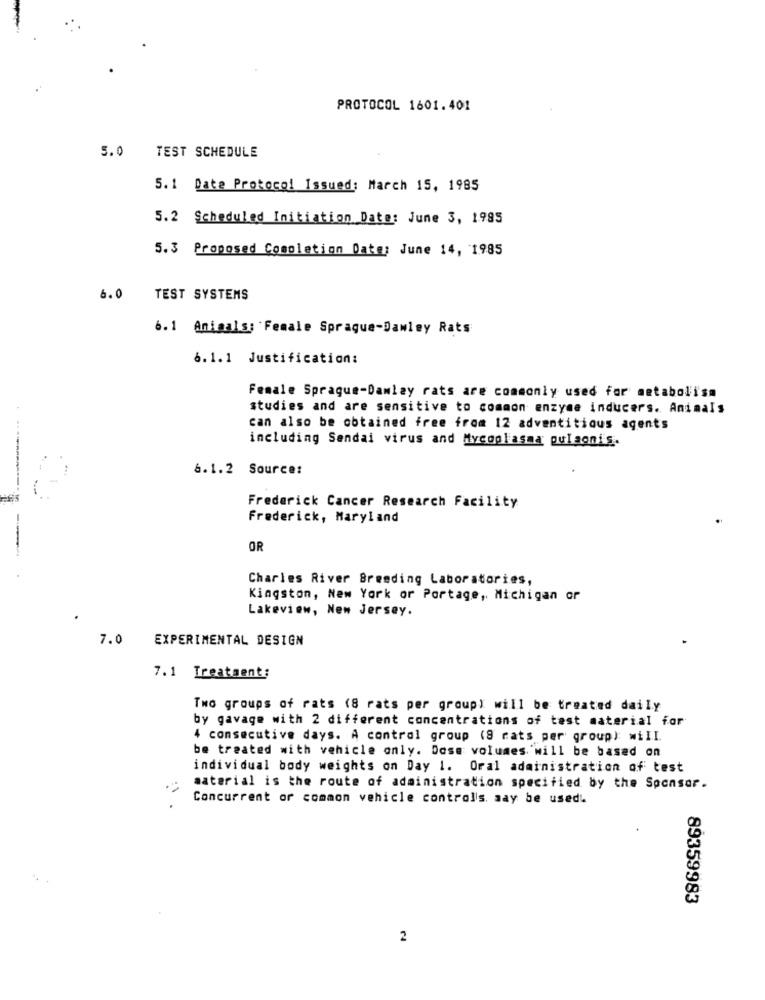
PROTOCOL 1601.401
5.0
TEST SCHEDULE
5.1 Date Protocol Issued: March 15, 1985
5.2 Scheduled Initiation Date: June 3, 1995
5.3 Proposed Completion Date: June 14, 1985
6.0
TEST SYSTEMS
6.1 Animals: Female Spraque-Damley Rats
6.1.1 Justification:
Female Sprague-Damlay rats are commonly used for metabolism
studies and are sensitive to common enzyme inducers. Animals
can also be obtained free from 12 adventitious agents
including Sendai virus and Mycoplasma pulaonis.
6.1.2 Source:
Frederick Cancer Research Facility
Frederick, Maryland
OR
Charles River Breeding Laboratories,
Kingston, New York or Portage, Michigan or
Lakeview, New Jersey.
7.0
EXPERIMENTAL DESIGN
7.1 Treatment:
Two groups of rats (8 rats per group) will be treated daily
by gavage with 2 different concentrations of test material for
4 consecutive days. A control group (8 rats per group): wiII.
be treated with vehicle only. Dose volumes will be based on
individual body weights on Day 1. Oral administration of test
material is the route of administration specified by the Sponsor.
Concurrent or common vehicle controls, may be used!
89359983
2